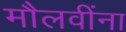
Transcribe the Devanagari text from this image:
मौलवींना